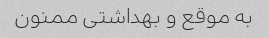
به موقع و بهداشتی ممنون